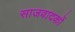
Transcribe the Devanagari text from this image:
साजवादकों